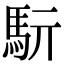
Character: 䭼